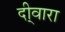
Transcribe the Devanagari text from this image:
दी्वारा